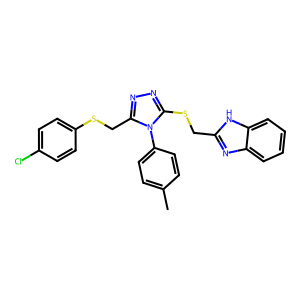
SMILES: Cc1ccc(-n2c(CSc3ccc(Cl)cc3)nnc2SCc2nc3ccccc3[nH]2)cc1
Inhibits HIV replication: No